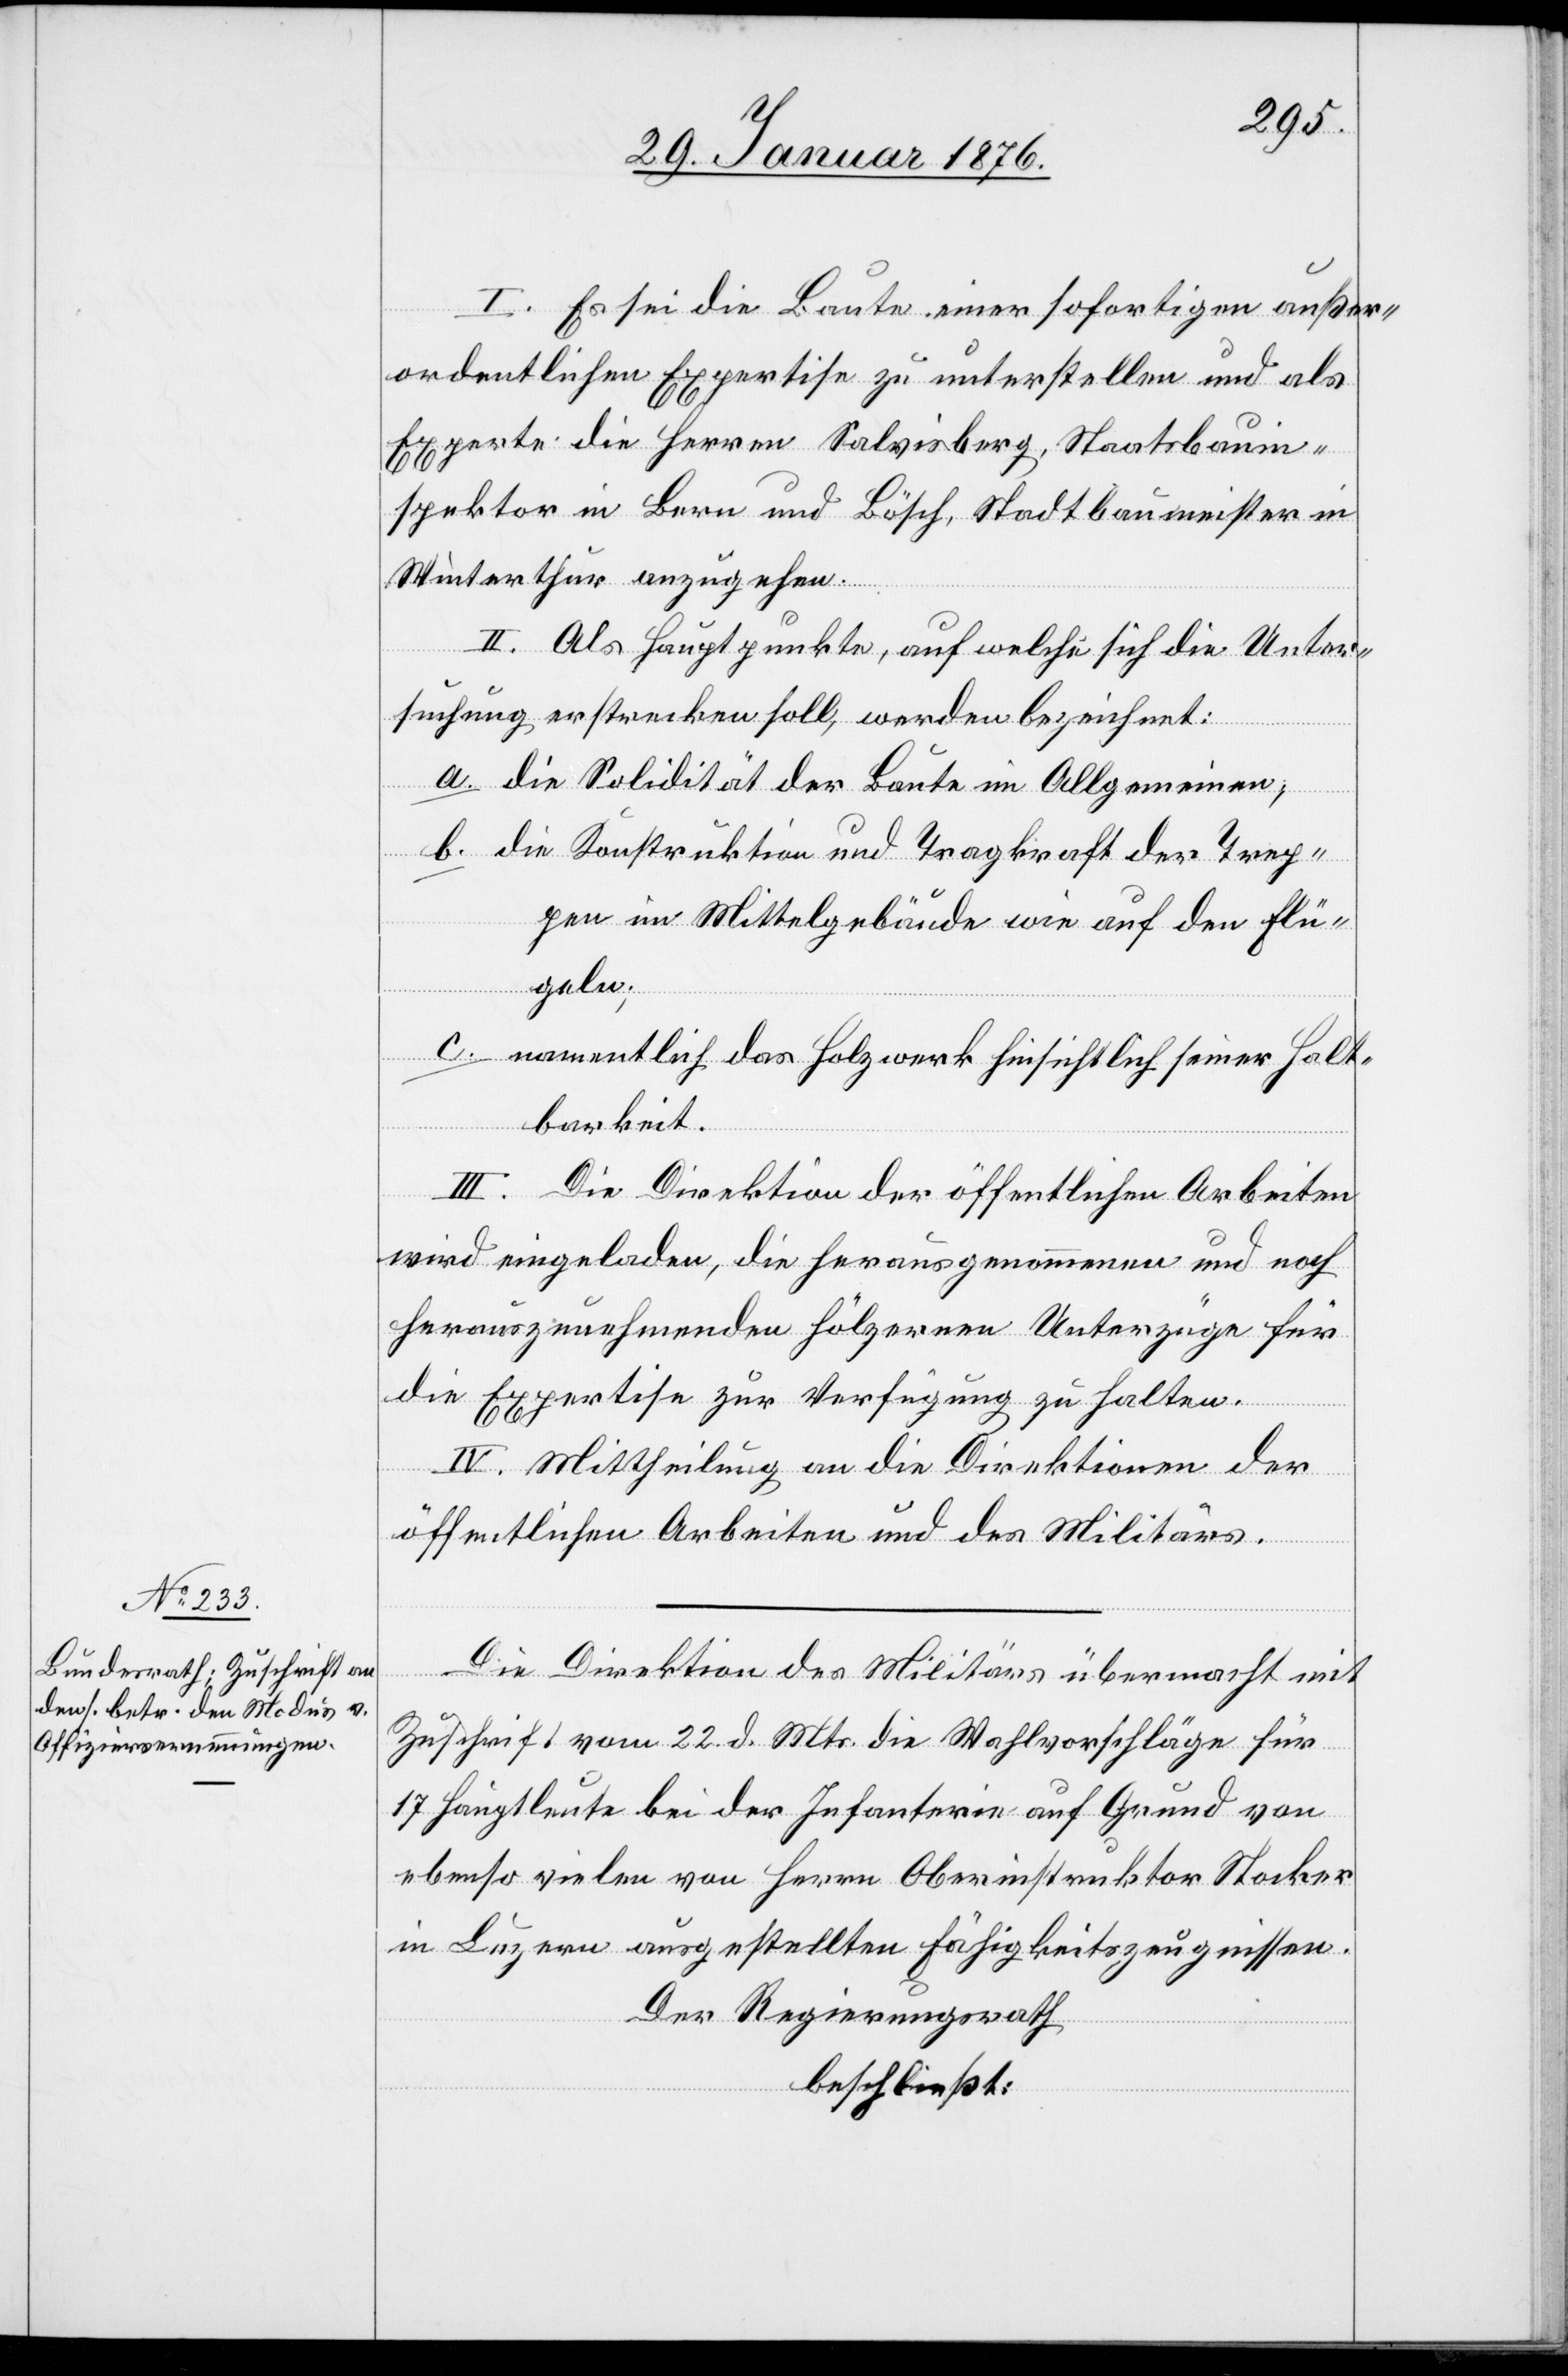
I. Es sei die Baute einer sofortigen außer¬
ordentlichen Expertise zu unterstellen und als
Experte die Herren Salvisberg, Staatsbauin¬
spektor in Bern und Bösch, Stadtbaumeister in
Winterthur anzugehen.
II. Als Hauptpunkte, auf welche sich die Unter¬
suchung erstrecken soll, werden bezeichnet:
a. die Solidität der Baute im Allgemeinen,
b. die Konstruktion und Tragkraft der Trep¬
pen im Mittelgebäude wie auf den Flü¬
geln;
c. namentlich das Holzwerk hinsichtlich seiner Halt¬
barkeit.
III. Die Direktion der öffentlichen Arbeiten
wird eingeladen, die herausgenommenen und noch
herauszunehmenden hölzernen Unterzüge für
die Expertise zur Verfügung zu halten.
IV. Mittheilung an die Direktion der
öffentlichen Arbeiten und des Militärs.
Die Direktion des Militärs übermacht mit
Zuschrift vom 22. d. Mts. die Wahlvorschläge für
17 Hauptleute bei der Infanterie auf Grund von
ebenso vielen von Herrn Oberinstruktor Stocker
in Luzern ausgestellten Fähigkeitszeugnissen.
Der Regierungsrath
beschließt: